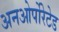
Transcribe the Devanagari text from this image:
अनओर्पोरेटेड